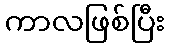
ကာလဖြစ်ပြီး